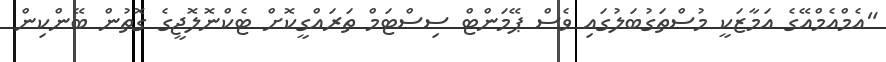
"އެމްއެމްއޭގެ އަމާޒަކީ މުސްތަގުބަލުގައި ވެސް ޕޭމަންޓް ސިސްޓަމް ތަރައްގީކޮށް ޓެކްނޮލޮޖީގެ ގޮތުން ބޭންކިން